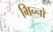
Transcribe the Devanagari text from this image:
भिन्नो